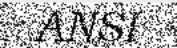
ANSI